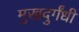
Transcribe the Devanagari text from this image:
मुखदुर्गंधी